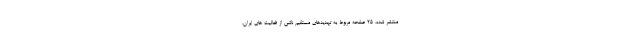
منتشر شده، 25 صفحه مربوط به تهدیدهای مستقیم ناشی از فعالیت های ایران،